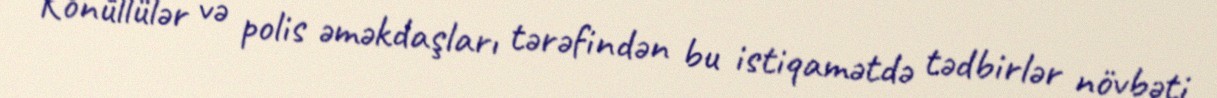
Könüllülər və polis əməkdaşları tərəfindən bu istiqamətdə tədbirlər növbəti